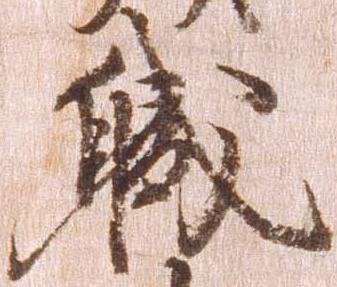
職